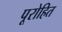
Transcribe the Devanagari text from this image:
पूरोहित